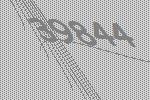
39844